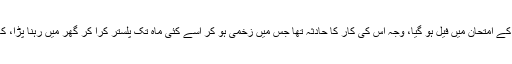
اسی سال میں ہی میرا بیٹا اپنے میڈیکل کے امتحان میں فیل ہو گیا، وجہ اس کی کار کا حادثہ تھا جس میں زخمی ہو کر اُسے کئی ماہ تک پلستر کرا کر گھر میں رہنا پڑا، کار کا تباہ ہوجانا علیحدہ سے نقصان تھا۔